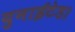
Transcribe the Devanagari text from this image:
युनाईटेड।